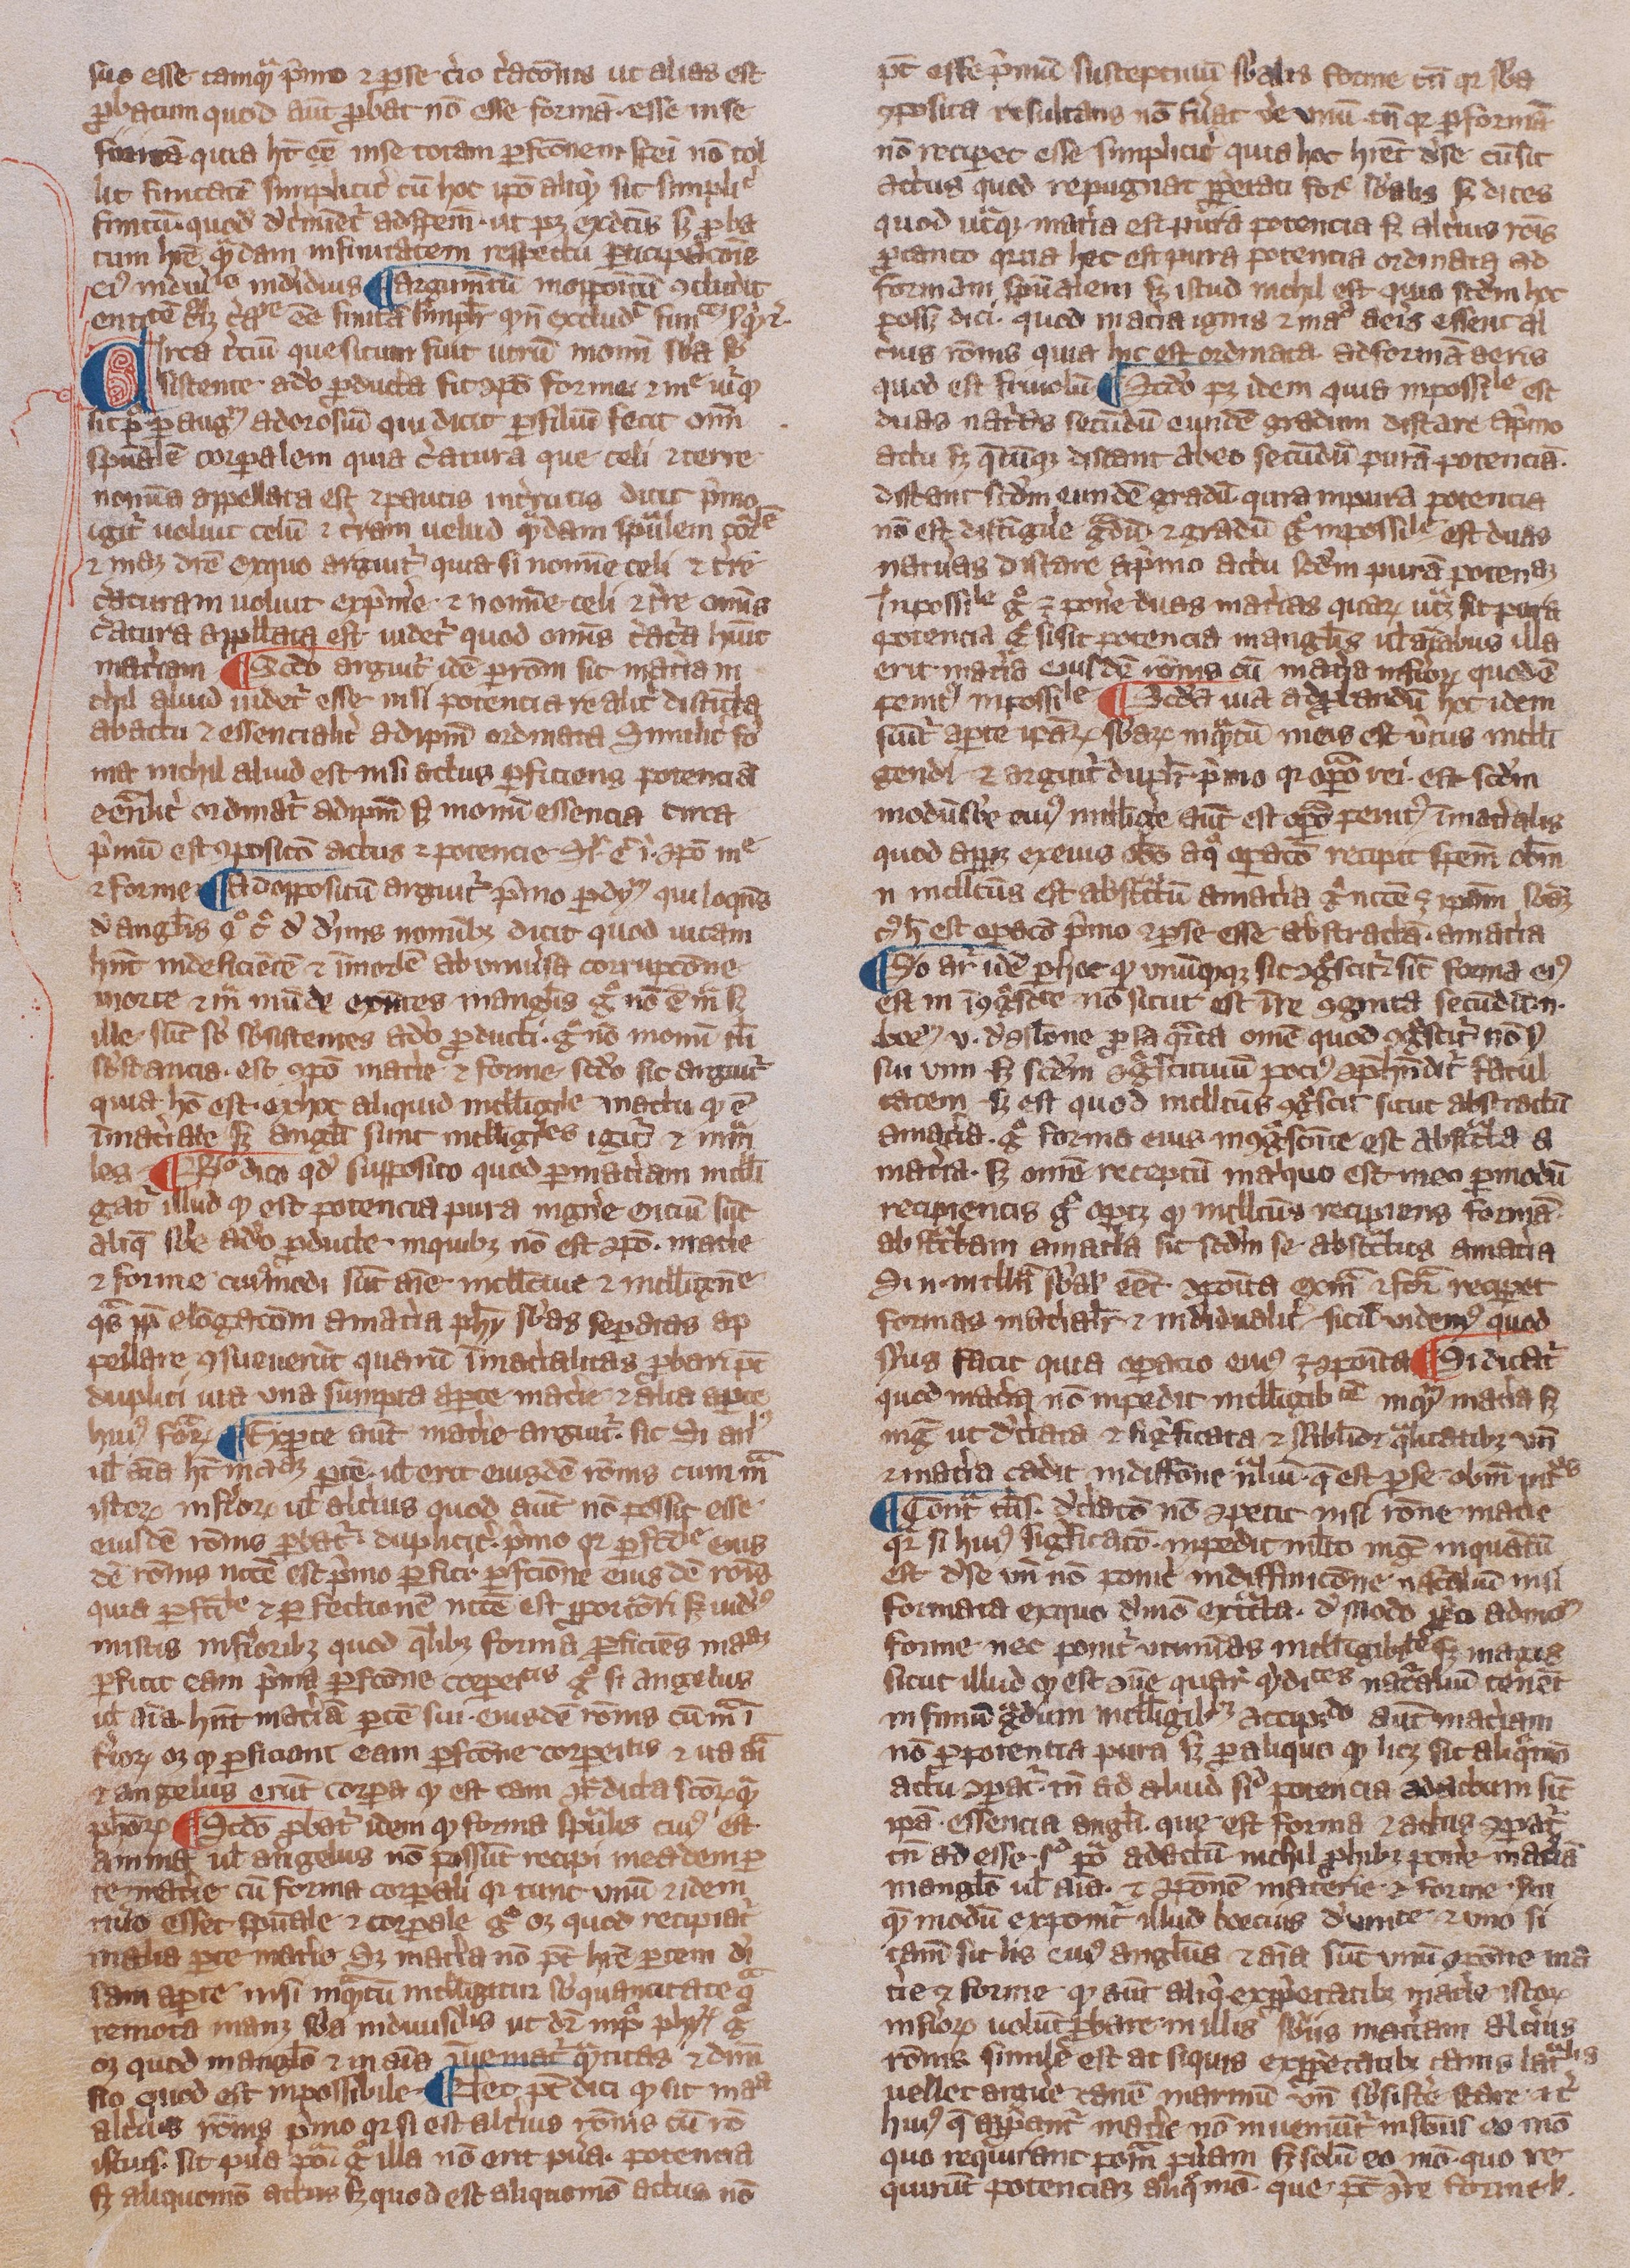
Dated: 1300–1399